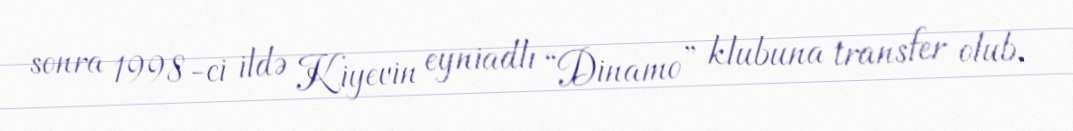
sonra 1998-ci ildə Kiyevin eyniadlı “Dinamo” klubuna transfer olub.